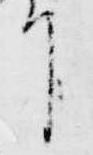
下